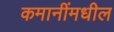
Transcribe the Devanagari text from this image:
कमानींमधील